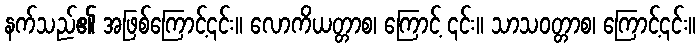
နက်သည်၏ အဖြစ်ကြောင့်၎င်း။ လောကိယတ္တာစ၊ ကြောင့် ၎င်း။ သာသဝတ္တာစ၊ ကြောင့်၎င်း။